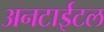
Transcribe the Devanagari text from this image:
अनटाईटल